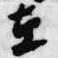
在